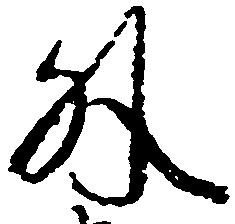
外